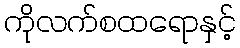
ကိုလက်စထရောနှင့်